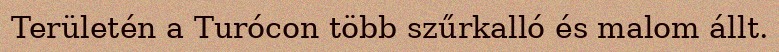
Területén a Turócon több szűrkalló és malom állt.